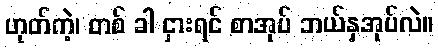
ဟုတ်ကဲ့၊ တစ် ခါ ငှားရင် စာအုပ် ဘယ်နှအုပ်လဲ။